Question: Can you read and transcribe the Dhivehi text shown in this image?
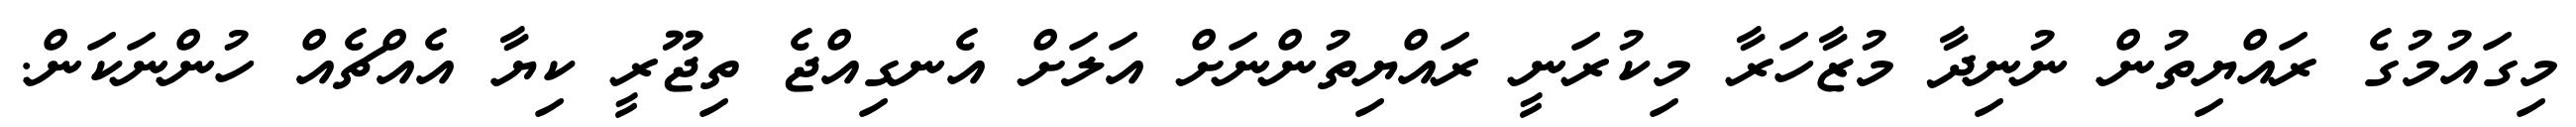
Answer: މިގައުމުގެ ރައްޔިތުން ނުނިދާ މުޒާހަރާ މިކުރަނީ ރައްޔިތުންނަށް އަލަށް އެނގިއްޖެ ތިޖޫރީ ކިޔާ އެއްޗެއް ހުންނަކަން.